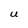
Character: U